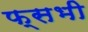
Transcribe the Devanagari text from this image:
फ्सभी